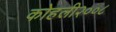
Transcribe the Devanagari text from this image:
कोहली२००८